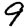
Digit: 9